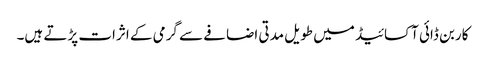
کاربن ڈائی آکسائیڈ میں طویل مدتی اضافے سے گرمی کے اثرات پڑتے ہیں۔